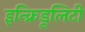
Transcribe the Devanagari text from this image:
इन्क्रिडूलिटी